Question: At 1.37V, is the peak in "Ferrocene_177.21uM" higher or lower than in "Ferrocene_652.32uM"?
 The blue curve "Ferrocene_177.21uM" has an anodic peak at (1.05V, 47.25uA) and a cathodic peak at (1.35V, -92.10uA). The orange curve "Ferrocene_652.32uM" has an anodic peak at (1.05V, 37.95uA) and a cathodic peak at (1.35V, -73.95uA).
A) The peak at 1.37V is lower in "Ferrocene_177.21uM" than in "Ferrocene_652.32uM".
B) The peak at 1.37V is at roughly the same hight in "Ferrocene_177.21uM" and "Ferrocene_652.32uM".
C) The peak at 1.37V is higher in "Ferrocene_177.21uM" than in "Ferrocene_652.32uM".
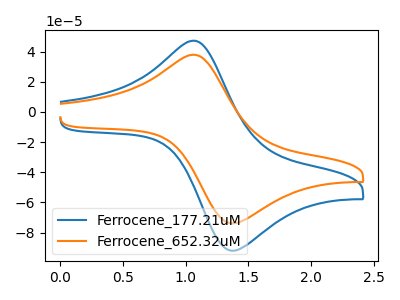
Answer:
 <answer>C) The peak at 1.37V is higher in "Ferrocene_177.21uM" than in "Ferrocene_652.32uM".</answer>
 <eval>C</eval>